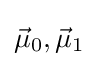
{\vec {\mu }}_{0},{\vec {\mu }}_{1}